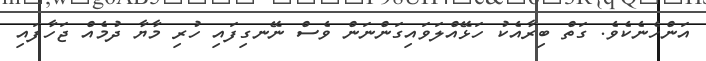
އަންހެނެކެވެ. ގަތް ބިރާއެކު ހަޅޭއްލަވައިގަންނަން ވެސް ނޭނގިފައި ހުރި މާޔާ ދުމެއް ޖަހާފައި